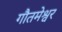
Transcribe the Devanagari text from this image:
गौतमेश्वर